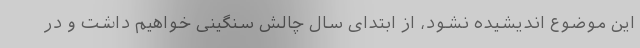
این موضوع اندیشیده نشود، از ابتدای سال چالش سنگینی خواهیم داشت و در